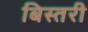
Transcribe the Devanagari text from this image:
बिस्तरी